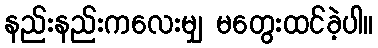
နည်းနည်းကလေးမျှ မတွေးထင်ခဲ့ပါ။